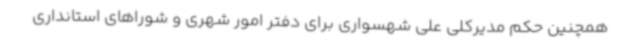
همچنین حکم مدیرکلی علی شهسواری برای دفتر امور شهری و شوراهای استانداری